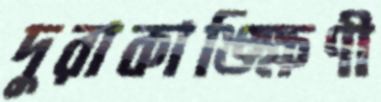
দুরাকাঙ্ক্ষিণী